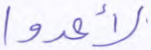
لأعدوا